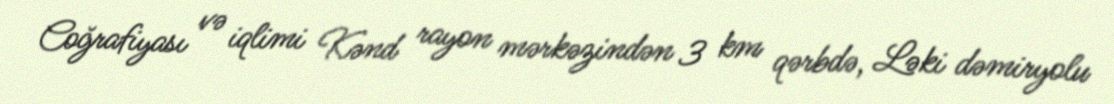
Coğrafiyası və iqlimi Kənd rayon mərkəzindən 3 km qərbdə, Ləki dəmiryolu